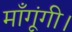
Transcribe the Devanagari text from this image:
माँगूंगी।